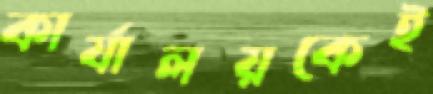
কার্যালয়কেই